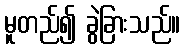
မူတည်၍ ခွဲခြားသည်။